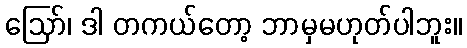
ဪ၊ ဒါ တကယ်တော့ ဘာမှမဟုတ်ပါဘူး။